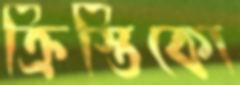
ক্রিস্তিকো